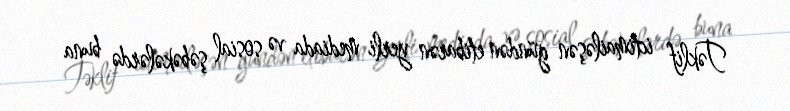
Təklif ictimailəşən gündən etibarən yerli mediada və sosial şəbəkələrdə buna